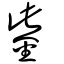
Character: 鈭